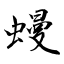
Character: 蟃